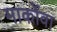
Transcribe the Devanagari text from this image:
मार्कोवा